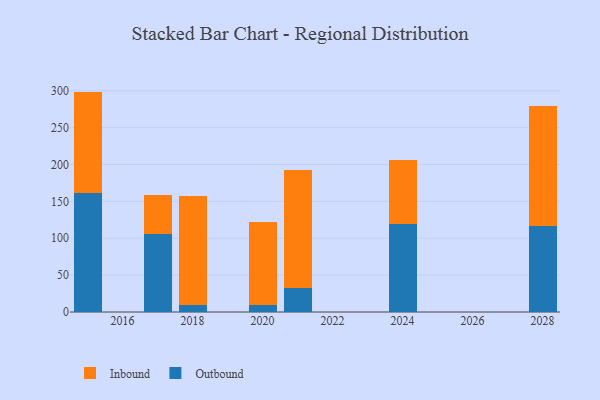
{"axis": {"x": "Year", "y": "Customer Acquisition Cost (USD)"}, "legend": ["Inbound", "Outbound"], "data": [{"x": "2020", "y": 10.1, "type": "Outbound"}, {"x": "2020", "y": 112.2, "type": "Inbound"}, {"x": "2018", "y": 10.0, "type": "Outbound"}, {"x": "2018", "y": 147.1, "type": "Inbound"}, {"x": "2028", "y": 116.8, "type": "Outbound"}, {"x": "2028", "y": 162.5, "type": "Inbound"}, {"x": "2021", "y": 32.9, "type": "Outbound"}, {"x": "2021", "y": 160.1, "type": "Inbound"}, {"x": "2024", "y": 120.0, "type": "Outbound"}, {"x": "2024", "y": 86.1, "type": "Inbound"}, {"x": "2017", "y": 106.2, "type": "Outbound"}, {"x": "2017", "y": 53.0, "type": "Inbound"}, {"x": "2015", "y": 161.1, "type": "Outbound"}, {"x": "2015", "y": 137.8, "type": "Inbound"}]}